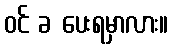
ဝင် ခ ပေးရမှာလား။